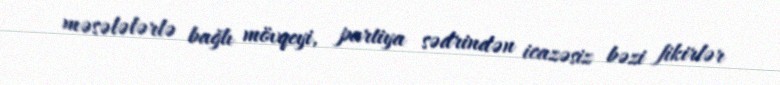
məsələlərlə bağlı mövqeyi, partiya sədrindən icazəsiz bəzi fikirlər